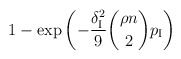
\begin{align*} 1-\exp\left(-\frac{\delta_{\rm I}^2}9\binom{\rho n}{2}p_{\rm I}\right)\end{align*}